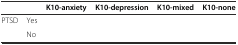
|  |  | K10-anxiety | K10-depression | K10-mixed | K10-none |
 | --- | --- | --- | --- | --- | --- |
 | PTSD | Yes |  |  |  |  |
 |  | No |  |  |  |  |